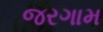
જરગામ